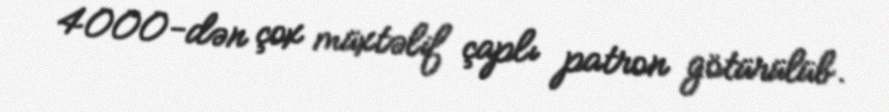
4000-dən çox müxtəlif çaplı patron götürülüb.